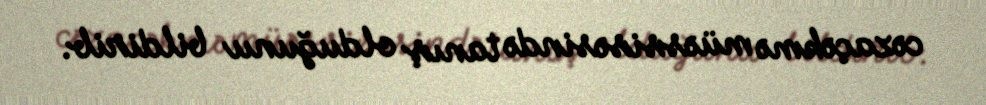
cəzaçəkmə müəssisəsində tanış olduğunu bildirib.